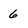
Character: 6